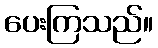
ပေးကြသည်။